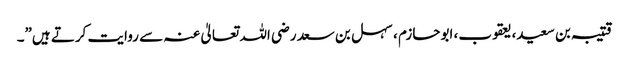
قتیبہ بن سعید، یعقوب، ابوحازم ، سہل بن سعد رضی اللہ تعالیٰ عنہ سے روایت کرتے ہیں”۔